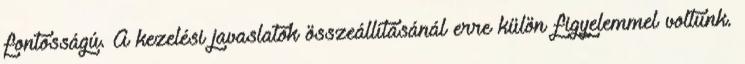
fontosságú. A kezelési javaslatok összeállításánál erre külön figyelemmel voltunk.